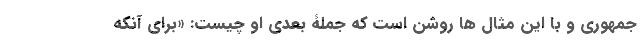
جمهوری و با این مثال ها روشن است که جملۀ بعدی او چیست: «برای آنکه